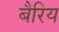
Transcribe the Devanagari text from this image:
बैरिय